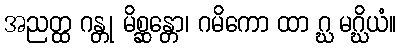
အညတ္ထ ဂန္တု မိစ္ဆန္တော၊ ဂမိကော ထာ ဂ္ဃ မဂ္ဃိယံ။